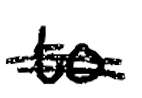
Text: to
Cross-out: double-line
Writing tool: digital_black